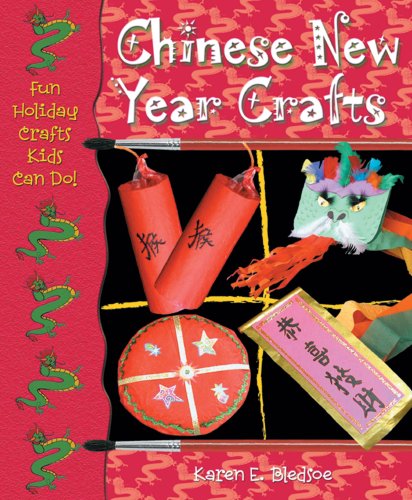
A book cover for Chinese New Year Crafts (Fun Holiday Crafts Kids Can Do!); Karen E. Bledsoe; Children's Books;